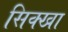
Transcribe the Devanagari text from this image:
सिक्खा